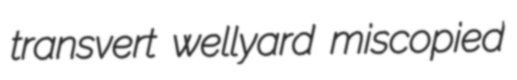
transvert wellyard miscopied